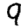
Digit: 9